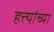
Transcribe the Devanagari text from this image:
हत्त्यांच्या